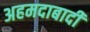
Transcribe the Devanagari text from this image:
अहमदाबादी